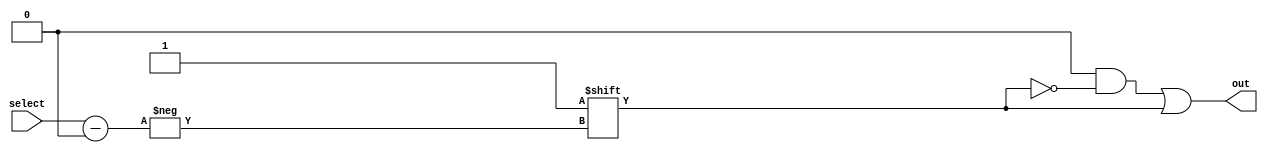
//8x256 decoder
module decoder_8x256(output reg[255:0]out,input [7:0]select);
	integer i;
	always @(select)
	begin
		out=256'b0;
		out[select]=1'b1;
	end
endmodule